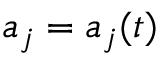
a _ { j } = a _ { j } ( t )